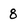
Character: 8